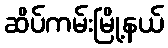
ဆိပ်ကမ်းမြို့နယ်